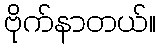
ဗိုက်နာတယ်။